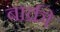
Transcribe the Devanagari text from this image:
बाक्री